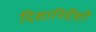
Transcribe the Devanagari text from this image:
दिशानिर्देंशों